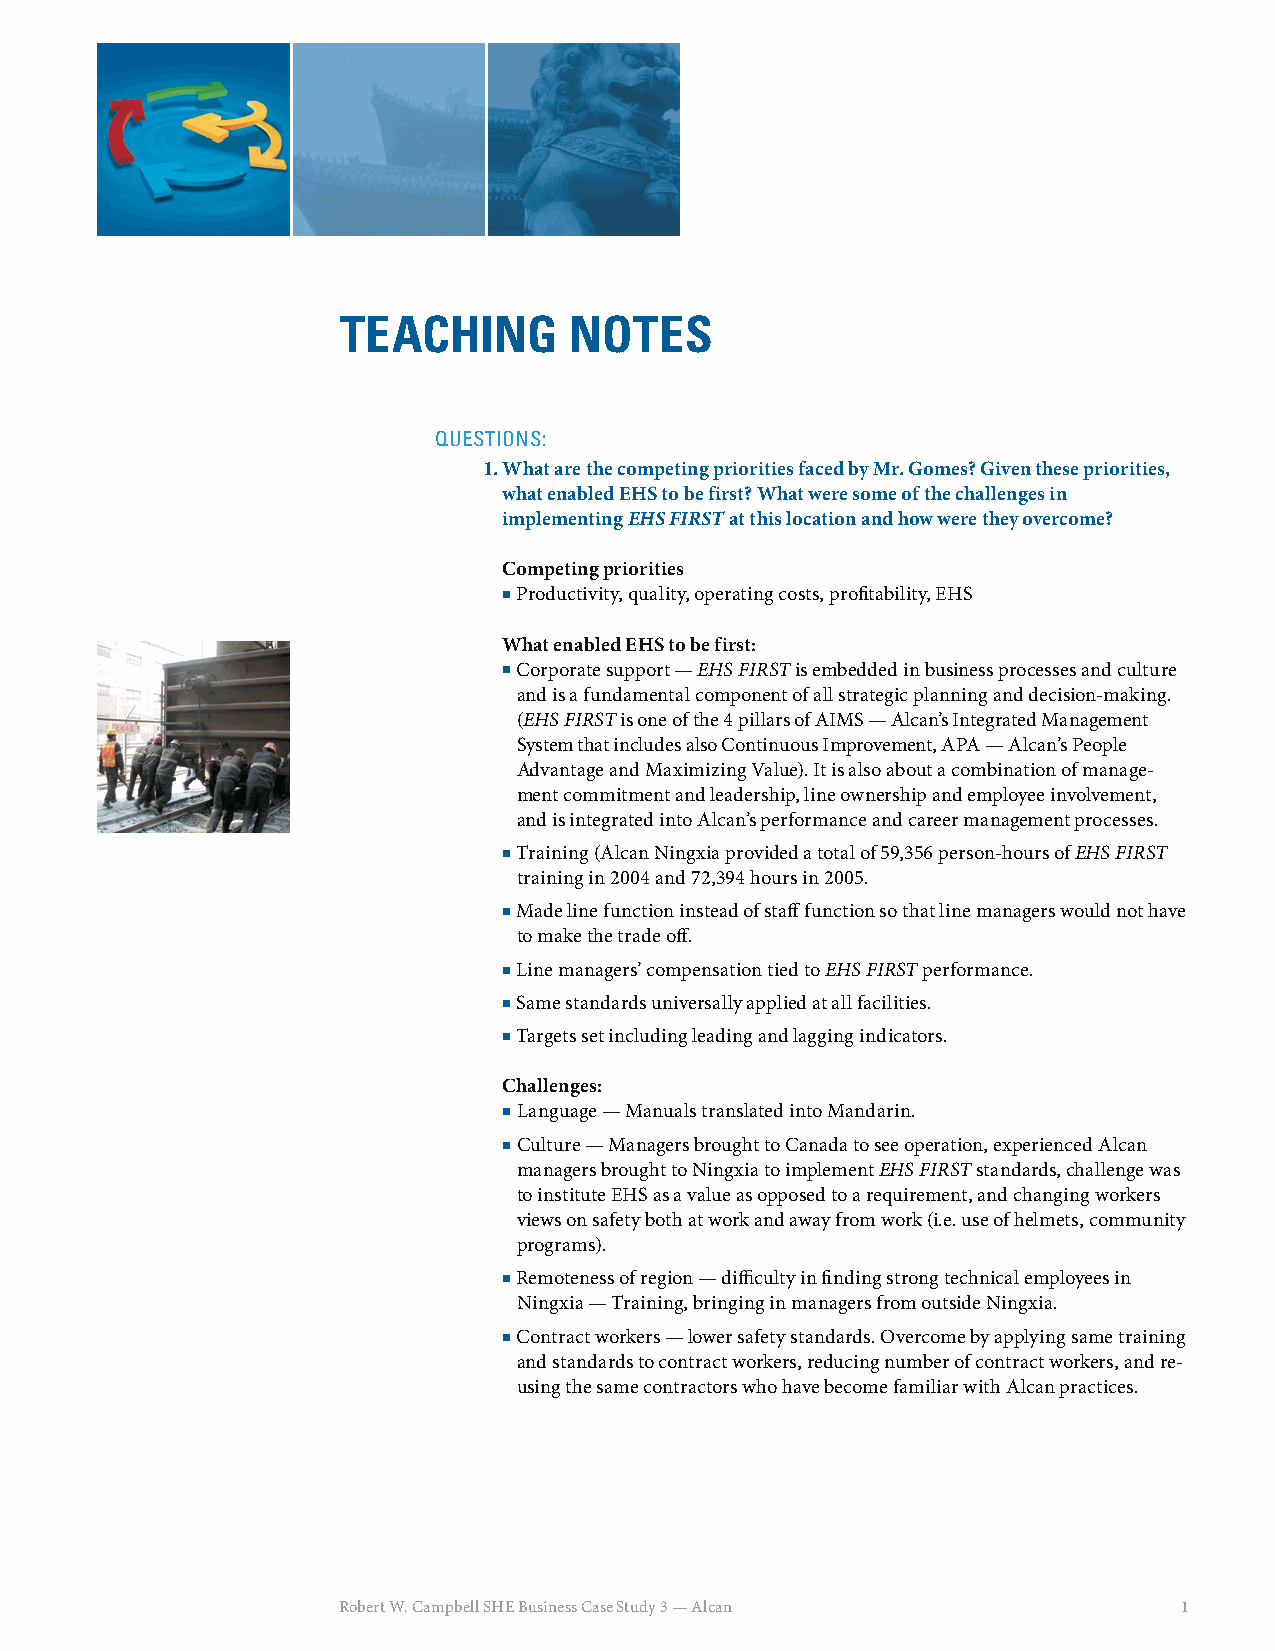
TEACHING        NOTES
 QUESTIONS:
 1. What are the competing priorities faced by Mr. Gomes? Given these priorities,
 what enabled EHS to be first? What were some of the challenges in
 implementing EHS FIRST at this location and how were they overcome?
 Competing priorities
  Productivity, quality, operating costs, profi tability, EHS
 What enabled EHS to be first:
  Corporate support — EHS FIRST is embedded in business processes and culture
 and is a fundamental component of all strategic planning and decision-making.
 (EHS FIRST is one of the 4 pillars of AIMS — Alcan’s Integrated Management
 System that includes also Continuous Improvement, APA — Alcan’s People
 Advantage and Maximizing Value). It is also about a combination of manage-
 ment commitment and leadership, line ownership and employee involvement,
 and is integrated into Alcan’s performance and career management processes.
  Training (Alcan Ningxia provided a total of 59,356 person-hours of EHS FIRST
 training in 2004 and 72,394 hours in 2005.
  Made line function instead of staff function so that line managers would not have
 to make the trade off .
  Line managers’ compensation tied to EHS FIRST performance.
  Same standards universally applied at all facilities.
  Targets set including leading and lagging indicators.
 Challenges:
  Language — Manuals translated into Mandarin.
  Culture — Managers brought to Canada to see operation, experienced Alcan
 managers brought to Ningxia to implement EHS FIRST standards, challenge was
 to institute EHS as a value as opposed to a requirement, and changing workers
 views on safety both at work and away from work (i.e. use of helmets, community
 programs).
  Remoteness of region — diffi culty in fi nding strong technical employees in
 Ningxia — Training, bringing in managers from outside Ningxia.
  Contract workers — lower safety standards. Overcome by applying same training
 and standards to contract workers, reducing number of contract workers, and re-
 using the same contractors who have become familiar with Alcan practices.
 Robert W. Campbell SHE Business Case Study 3 — Alcan    1